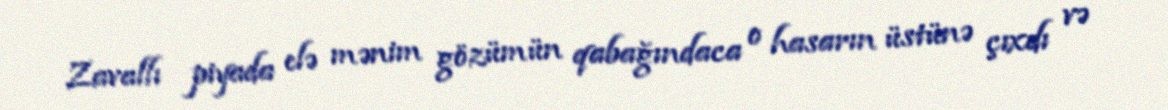
Zavallı piyada elə mənim gözümün qabağındaca o hasarın üstünə çıxdı və